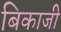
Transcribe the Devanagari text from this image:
बिकाजी